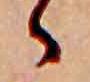
ゝ